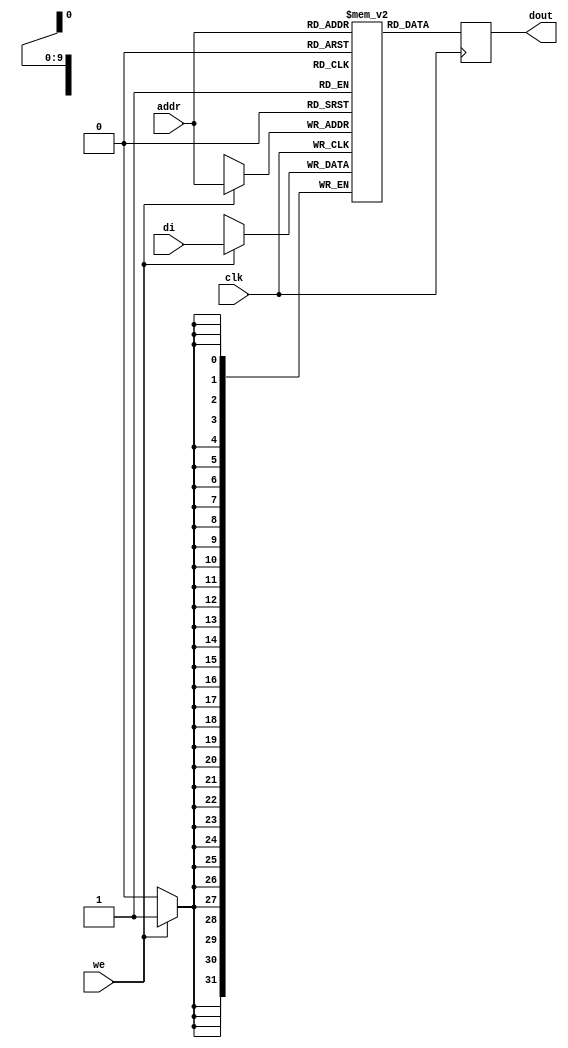

module rams_sp_rf_sync_1024x32 (clk, we, addr, di, dout);
input clk;
input we;
input [9:0] addr;
input [31:0] di;
output [31:0] dout;

reg [31:0] RAM [1023:0];
reg [31:0] dout;

always @(posedge clk)
    begin
        if (we)
        begin
            RAM[addr] <= di;
        end
            dout <= RAM[addr];
    end
endmodule